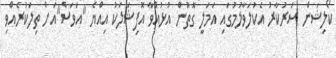
ކޯލިޝަން ސަރުކާރު އެކުލަވާލުމުގައި އަމަލީ ގޮތުން އުޅުއްވާ އޮފިޝަލަކު އިއްޔެ "އަވަސް"އަށް ތިލަކުރެއްވި